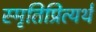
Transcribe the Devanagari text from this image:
स्मृतिप्रित्यर्थ